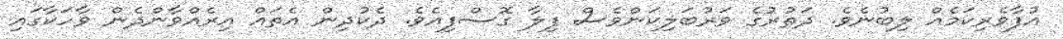
އުފާވެރިކަމެއް ލިބުނެވެ. ދަތުރުގެ ވަރުބަލިކަންވެސް ފިލާ ގޮސްފިއެވެ. ދެކުދިން އެތައް އިރެއްވާންދެން ވާހަކާގައި